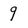
Character: 9